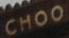
CHOO